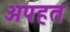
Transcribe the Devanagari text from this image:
अपहत